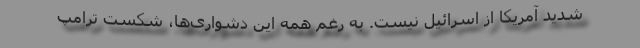
شدید آمریکا از اسرائیل نیست. به رغم همه این دشواری‌ها، شکست ترامپ